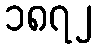
၁၈၇၂